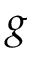
g